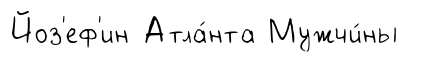
Йоз'еф'ин Атла́нта Мужчи́ны